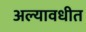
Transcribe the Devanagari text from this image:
अल्यावधीत